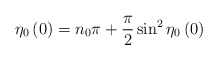
\begin{align*}\eta_0\left(0\right)=n_0\pi+\frac{\pi}{2}\sin^2\eta_0\left(0\right)\end{align*}